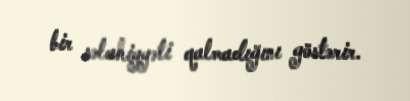
bir səlahiyyəti qalmadığını göstərir.